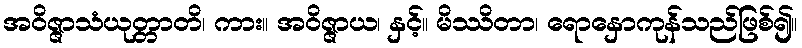
အဝိဇ္ဇာသံယုတ္တာတိ၊ ကား။ အဝိဇ္ဇာယ၊ နှင့်။ မိဿိတာ၊ ရောနှောကုန်သည်ဖြစ်၍။